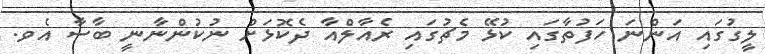
ލީގުގައި އަންނަ ހަފުތާގައި ކުޅޭ މެޗުގައި ރެއާލްއާ ދެކޮޅަށް ނުކުންނާނީ ބާސާ އެވ.